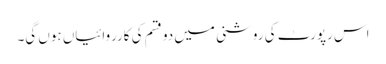
اس رپورٹ کی روشنی میں دو قسم کی کارروائیاں ہوں گی۔